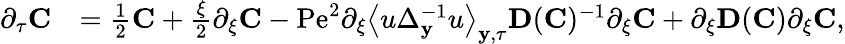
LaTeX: \begin{array}{rl}{\partial_{\tau}\mathbf{C}}&{=\frac{1}{2}\mathbf{C}+\frac{\xi}{2}\partial_{\xi}\mathbf{C}-\mathrm{Pe}^{2}\partial_{\xi}\left\langle u\Delta_{\mathbf{y}}^{-1}u\right\rangle_{\mathbf{y},\tau}\mathbf{D}(\mathbf{C})^{-1}\partial_{\xi}\mathbf{C}+\partial_{\xi}\mathbf{D}(\mathbf{C})\partial_{\xi}\mathbf{C},}\end{array}